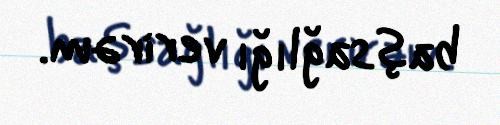
başsağlığı verirəm.